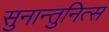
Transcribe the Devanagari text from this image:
सुनान्तुनित्स